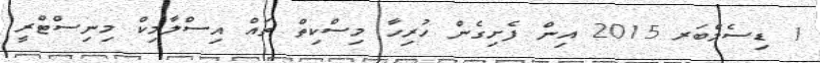
1 ޑިސެމްބަރ 2015 އިން ފެށިގެން ހުރިހާ މިސްކިތް ތައް އިސްލާމިކް މިނިސްޓްރީ